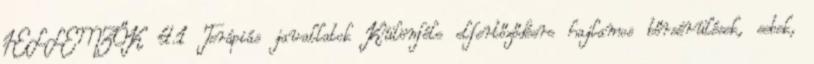
JELLEMZŐK 4.1 Terápiás javallatok Különféle elfertőződésre hajlamos bőrsérülések, sebek,